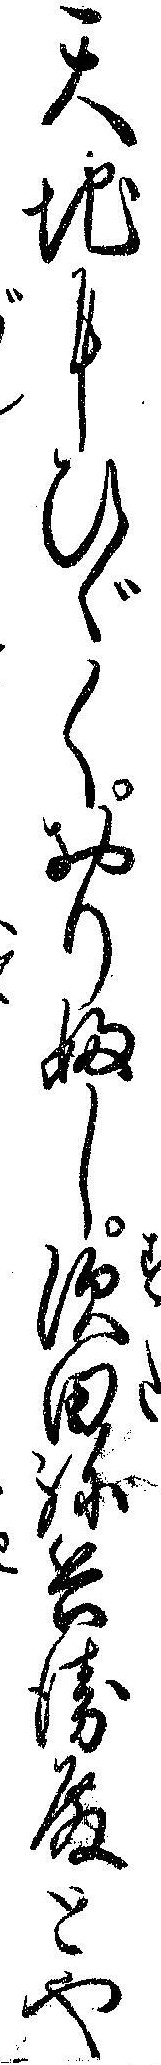
天地にひゞくおりふし須田弥兵衛殿とや